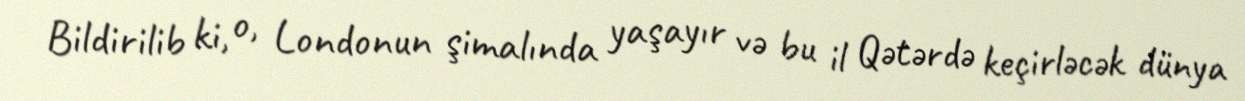
Bildirilib ki, o, Londonun şimalında yaşayır və bu il Qətərdə keçirləcək dünya